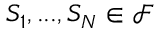
S _ { 1 } , . . . , S _ { N } \in \mathcal { F }